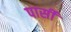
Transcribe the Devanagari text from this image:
पार्सी